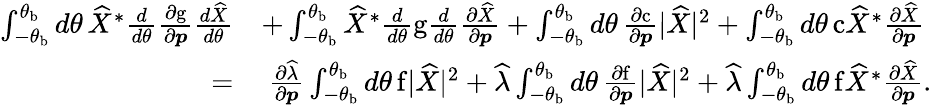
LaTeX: \begin{array}{rl}{\int_{-\theta_{\mathrm{b}}}^{\theta_{\mathrm{b}}}d\theta\, \widehat{X}^{*}\frac{d}{d\theta}\frac{\partial\mathrm{g}}{\partial\boldsymbol{p}}\frac{d\widehat{X}}{d\theta}}&{+\int_{-\theta_{\mathrm{b}}}^{\theta_{\mathrm{b}}}\widehat{X}^{*}\frac{d}{d\theta}\mathrm{g}\frac{d}{d\theta}\frac{\partial\widehat{X}}{\partial\boldsymbol{p}}+\int_{-\theta_{\mathrm{b}}}^{\theta_{\mathrm{b}}}d\theta\, \frac{\partial\mathrm{c}}{\partial\boldsymbol{p}}\lvert\widehat{X}\rvert^{2}+\int_{-\theta_{\mathrm{b}}}^{\theta_{\mathrm{b}}}d\theta\, \mathrm{c}\widehat{X}^{*}\frac{\partial\widehat{X}}{\partial\boldsymbol{p}}}\\ {=}&{\ \frac{\partial\widehat{\lambda}}{\partial\boldsymbol{p}}\int_{-\theta_{\mathrm{b}}}^{\theta_{\mathrm{b}}}d\theta\, \mathrm{f}\lvert\widehat{X}\rvert^{2}+\widehat{\lambda}\int_{-\theta_{\mathrm{b}}}^{\theta_{\mathrm{b}}}d\theta\, \frac{\partial\mathrm{f}}{\partial\boldsymbol{p}}\lvert\widehat{X}\rvert^{2}+\widehat{\lambda}\int_{-\theta_{\mathrm{b}}}^{\theta_{\mathrm{b}}}d\theta\, \mathrm{f}\widehat{X}^{*}\frac{\partial\widehat{X}}{\partial\boldsymbol{p}}.}\end{array}